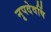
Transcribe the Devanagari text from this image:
नृपदेवर्षि